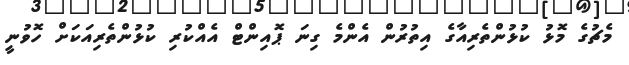
މެޗުގެ މޮޅު ކުޅުންތެރިއާގެ އިތުރުން އެންމެ ގިނަ ޕޮއިންޓް އެއްކުރި ކުޅުންތެރިއަކަށް ހޮވުނީ